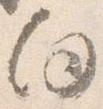
向